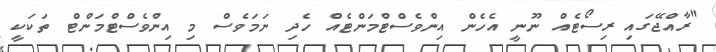
"ރާއްޖޭގައި ރިސޯޓެއް ނޫނީ އެހެން އިންވެސްޓްމަންޓެއް ހެދި ނަމަވެސް މި އިންވެސްޓްމަންޓް ތަކަކީ